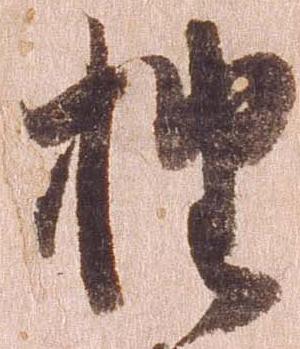
抽